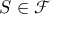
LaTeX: S \in { \mathcal { F } }